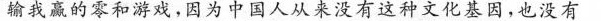
输我赢的零和游戏，因为中国人从来没有这种文化基因，也没有